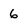
Character: 6